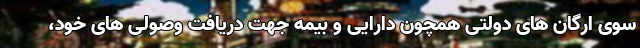
سوی ارگان های دولتی همچون دارایی و بیمه جهت دریافت وصولی های خود،